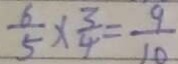
\frac { 6 } { 5 } \times \frac { 3 } { 4 } = \frac { 9 } { 1 0 }